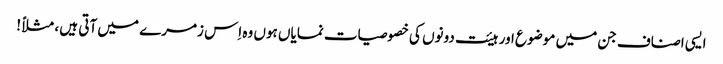
ایسی اصناف جن میں موضوع اور ہیئت دونوں کی خصوصیات نمایاں ہوں وہ اِس زمرے میں آتی ہیں ، مثلاً !